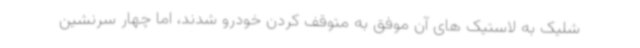
شلیک به لاستیک های آن موفق به متوقف کردن خودرو شدند، اما چهار سرنشین